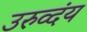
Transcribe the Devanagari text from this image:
उरुव्दंय